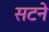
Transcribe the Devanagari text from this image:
सटने